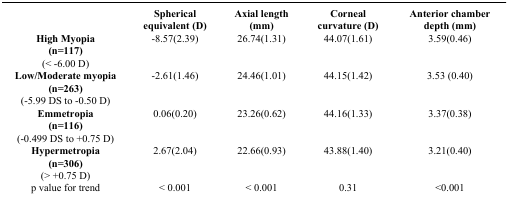
<table><thead><tr><td><b> </b></td><td><b>Spherical equivalent (D)</b></td><td><b>Axial length (mm)</b></td><td><b>Corneal curvature (D)</b></td><td><b>Anterior chamber depth (mm)</b></td></tr></thead><tbody><tr><td><b>High Myopia</b> <b>(n = 117)</b> (&lt; -6.00 D)</td><td>-8.57(2.39)</td><td>26.74(1.31)</td><td>44.07(1.61)</td><td>3.59(0.46)</td></tr><tr><td><b>Low/Moderate myopia (n = 263)</b> (-5.99 DS to -0.50 D)</td><td>-2.61(1.46)</td><td>24.46(1.01)</td><td>44.15(1.42)</td><td>3.53 (0.40)</td></tr><tr><td><b>Emmetropia</b> <b>(n = 116)</b> (-0.499 DS to +0.75 D)</td><td>0.06(0.20)</td><td>23.26(0.62)</td><td>44.16(1.33)</td><td>3.37(0.38)</td></tr><tr><td><b>Hypermetropia</b> <b>(n = 306)</b> (&gt; +0.75 D)</td><td>2.67(2.04)</td><td>22.66(0.93)</td><td>43.88(1.40)</td><td>3.21(0.40)</td></tr><tr><td>p value for trend</td><td>&lt; 0.001</td><td>&lt; 0.001</td><td>0.31</td><td>&lt;0.001</td></tr></tbody></table>